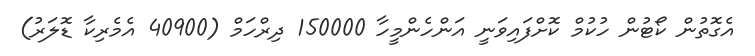
އެގޮތުން ކޯޓުން ހުކުމް ކޮށްފައިވަނީ އަންހެންމީހާ 150000 ދިރްހަމް (40900 އެމެރިކާ ޑޮލަރު)